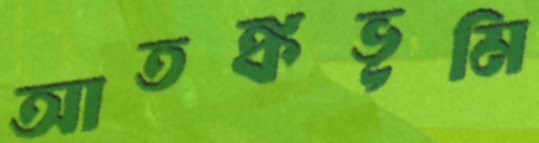
আতঙ্কভূমি